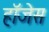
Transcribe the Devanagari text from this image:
हॉजेस